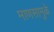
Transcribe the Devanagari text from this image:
माणसामुळे